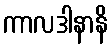
ကာလဒါနာနိ